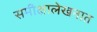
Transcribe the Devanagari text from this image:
समीक्षालेखनात